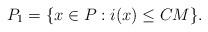
LaTeX: \begin{align*}P_1 = \{ x \in P : i(x) \leq CM\}.\end{align*}